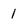
Character: 1